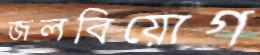
জলবিয়োগ